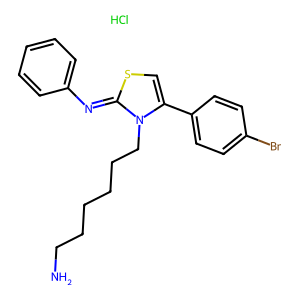
SMILES: Cl.NCCCCCCn1c(-c2ccc(Br)cc2)csc1=Nc1ccccc1
Inhibits HIV replication: No